Report on sanitation, dispensaries, and jails in Rajputana for 1915, and on vaccination for the year 1915-1916 - 1915-1916
Year: 1915
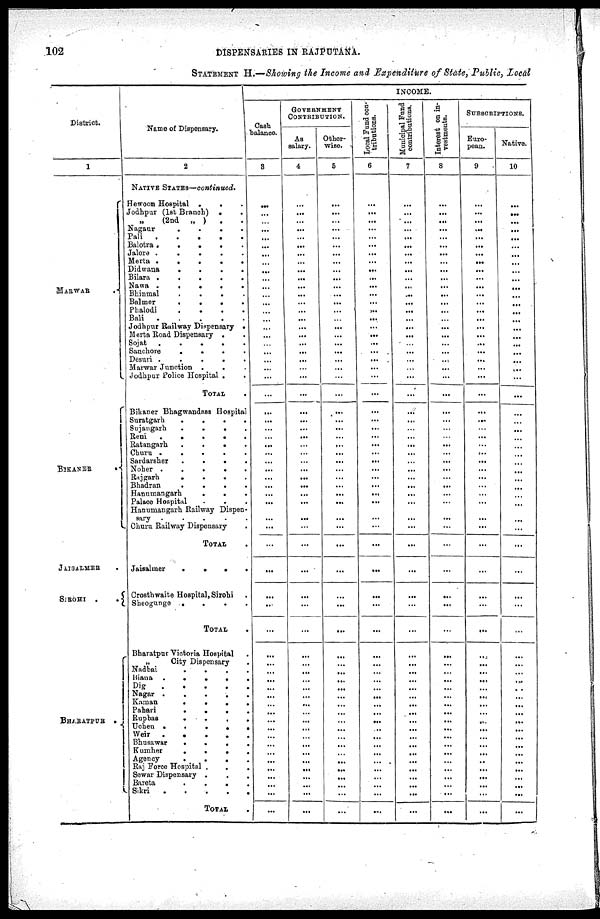
102
DISPENSARIES IN RAJPUTANA.
STATEMENT H.—Showing the Income and Expenditure of State, Public, Local
District.
1
MARWAR .
BIKANER .
JAISALMER .
SIROHI . .
BHARATPUR .
Name of Dispensary.
2
NATIVE STATES—continued.
Hewoon Hospital .
. .
Jodhpur (1st Branch) . .
„ (2nd „ ) . .
Nagaur
.
.
.
.
Pali
.
.
.
.
.
Balotra
.
.
.
.
.
Jalore
.
.
.
.
.
Merta
.
.
.
.
.
Didwana
.
.
.
.
.
Bilara
.
.
.
.
.
Nawa
.
.
.
.
.
Bhinmal
.
.
.
.
.
Balmer
.
.
.
.
.
Phalodi
.
.
.
.
.
Bali
.
.
.
.
.
Jodhpur Railway Dispensary .
Merta Road Dispensary .
Sojat
.
.
.
.
.
Sanchore
.
.
.
.
.
Desuri
.
.
.
.
.
Marwar Junction . . . . .
Jodhpur Police Hospital . .
TOTAL
.
Bikaner Bhagwandas Hospital
Suratgarh
.
.
.
.
.
Sujangarh
.
.
.
.
.
Reni
.
.
.
.
.
Ratangarh
.
.
.
.
.
Churu
.
.
.
.
.
Sardarsher
.
.
.
.
.
Noher
.
.
.
.
.
Rajgarh
.
.
.
.
.
Bhadran
.
.
.
.
.
Hanumangarh . . . . .
Palace Hospital . . .
Hanumangarh Railway Dispen-
sary
.
.
.
.
.
Churu Railway Dispensary
TOTAL
Jaisalmer
.
.
.
.
.
Crosthwaite Hospital, Sirohi .
Sheogunge . . . . .
TOTAL
Bharatpur Victoria Hospital
„
City Dispensary
Nadbai . . . . .
Biana
.
.
.
.
.
Dig
.
.
.
.
.
Nagar
.
.
.
.
.
Kaman
.
.
.
.
.
Pahari
.
.
.
.
.
Rupbas
.
.
.
.
.
Uchen
.
.
.
.
.
Weir
.
.
.
.
.
Bhusawar . . . . .
Kumher
.
.
.
.
.
Agency
.
.
.
.
.
Raj Force Hospital . . .
Sewar Dispensary . . .
Bareta
.
.
.
.
.
Sikri
.
.
.
.
.
TOTAL .
INCOME.
Cash
-
balance.
3
...
...
...
...
...
...
...
...
...
...
...
...
...
...
...
...
...
...
...
...
...
...
...
...
...
...
...
...
...
...
...
...
...
...
...
...
...
...
...
...
...
...
...
...
...
...
...
...
...
...
...
...
...
...
...
...
...
...
...
...
...
GOVERNMENT
CONTRIBUTION.
As
salary.
4
...
...
...
...
...
...
...
...
...
...
...
...
...
...
...
...
...
...
...
...
...
...
...
...
...
...
...
...
...
...
...
...
...
...
...
...
...
...
...
...
...
...
...
...
...
...
...
...
...
...
...
...
...
...
...
...
...
...
...
...
...
Other
wise.
5
...
...
...
...
...
...
...
...
...
...
...
...
...
...
...
...
...
...
...
...
...
...
...
...
...
...
...
...
...
...
...
...
...
...
...
...
...
...
...
...
...
...
...
...
...
...
...
...
...
...
...
...
...
...
...
...
...
...
...
...
...
Local Fund con-
tributions.
6
...
...
...
...
...
...
...
...
...
...
...
...
...
...
...
...
...
...
...
...
...
...
...
...
...
...
...
...
...
...
...
...
...
...
...
...
...
...
...
...
...
...
...
...
...
...
...
...
...
...
...
...
...
...
...
...
...
...
...
...
...
Municipal Fund
contributions.
7
...
...
...
...
...
...
...
...
...
...
...
...
...
...
...
...
...
...
...
...
...
...
...
...
...
...
...
...
...
...
...
...
...
...
...
...
...
...
...
...
...
...
...
...
...
...
...
...
...
...
...
...
...
...
...
...
...
...
...
...
...
Interest on in-
vestments.
8
...
...
...
...
...
...
...
...
...
...
...
...
...
...
...
...
...
...
...
...
...
...
...
...
...
...
...
...
...
...
...
...
...
...
...
...
...
...
...
...
...
...
...
...
...
...
...
...
...
...
...
...
...
...
...
...
...
...
...
...
...
SUBSCRIPTIONS.
Euro-
pean.
9
...
...
...
...
...
...
...
...
...
...
...
...
...
...
...
...
...
...
...
...
...
...
...
...
...
...
...
...
...
...
...
...
...
...
...
...
...
...
...
...
...
...
...
...
...
...
...
...
...
...
...
...
...
...
...
...
...
...
...
...
...
Native.
10
...
...
...
...
...
...
...
...
...
...
...
...
...
...
...
...
...
...
...
...
...
...
...
...
...
...
...
...
...
...
...
...
...
...
...
...
...
...
...
...
...
...
...
...
...
...
...
...
...
...
...
... ...
...
...
...
...
...
...
...
...